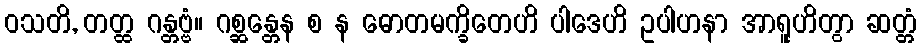
ဝသတိ, တတ္ထ ဂန္တဗ္ဗံ။ ဂစ္ဆန္တေန စ န ဓောတမက္ခိတေဟိ ပါဒေဟိ ဥပါဟနာ အာရူဟိတွာ ဆတ္တံ